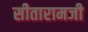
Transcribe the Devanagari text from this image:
सीतारामजी